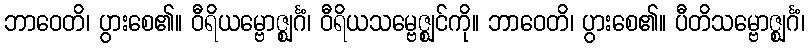
ဘာဝေတိ၊ ပွားစေ၏။ ဝီရိယမ္ဗောဇ္ဈင်္ဂံ၊ ဝီရိယသမ္ဗေဇ္ဈင်ကို။ ဘာဝေတိ၊ ပွားစေ၏။ ပီတိသမ္ဗောဇ္ဈင်္ဂံ၊